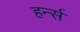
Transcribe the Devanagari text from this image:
हर्न्स